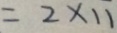
= 2 \times 1 1